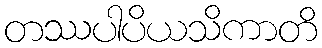
တဿပါပိယသိကာတိ